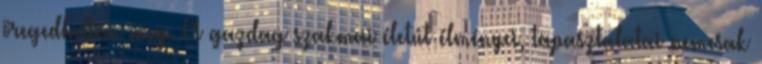
öregedhettem meg. A gazdag szakmai életút élményei, tapasztalatai nemcsak